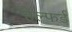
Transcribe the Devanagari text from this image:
हेल्फर्ड